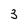
Character: 3